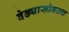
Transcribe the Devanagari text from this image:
वेढ्यासोबतच